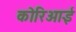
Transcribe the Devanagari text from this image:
कोरिआई